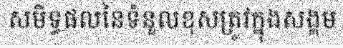
សមិទ្ធផលនៃទំនួលខុសត្រូវក្នុងសង្គម